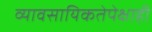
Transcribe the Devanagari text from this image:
व्यावसायिकतेपेक्षाही